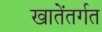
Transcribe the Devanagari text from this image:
खातेंतर्गत